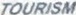
TOURISM